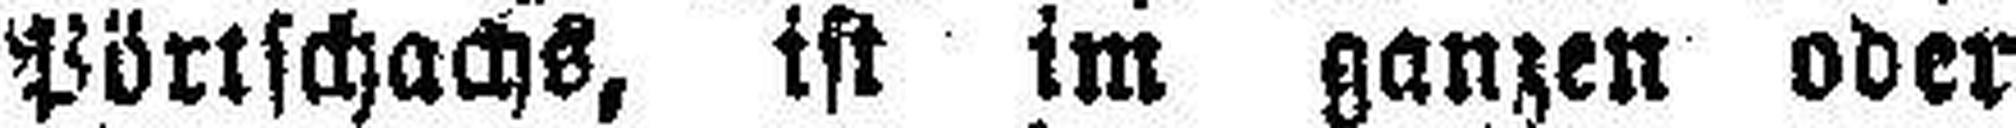
Pörtschachs, ist im ganzen oder